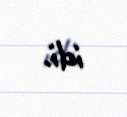
idi.